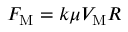
F _ { \mathrm { M } } = k \mu V _ { \mathrm { M } } R